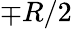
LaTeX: \mp R/2